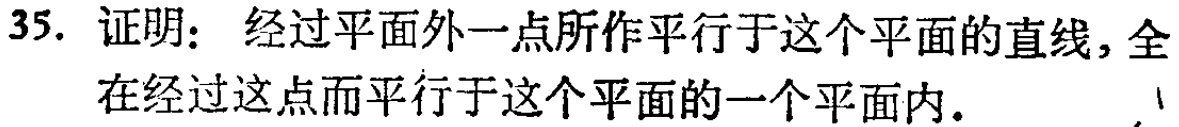
35. 证明：经过平面外一点所作平行于这个平面的直线，全在经过这点而平行于这个平面的一个平面内.